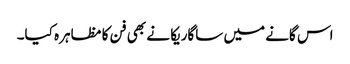
اس گانے میں ساگاریکا نے بھی فن کا مظاہرہ کیا۔